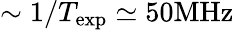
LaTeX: \sim 1/T_{\mathrm{exp}}\simeq 50\textrm{MHz}